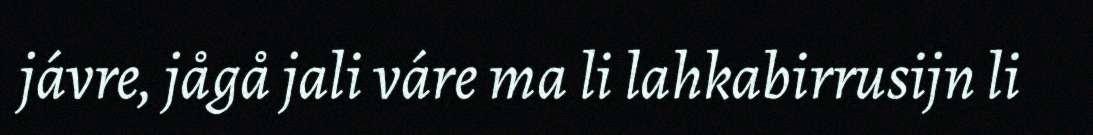
jávre, jågå jali váre ma li lahkabirrusijn li